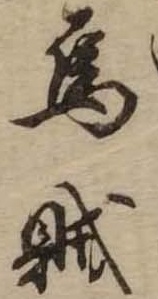
烏賊